画像に写った文字を読んでください
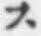
「ス」と書いてあります